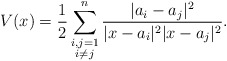
\begin{align*}V(x)=\frac{1}{2}\sum_{\substack{i,j=1\\ i\ne j}}^{n}\frac{|a_i-a_j|^2}{|x-a_i|^2|x-a_j|^2}.\end{align*}